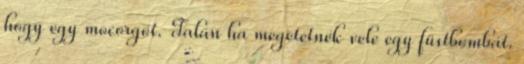
hogy egy mocorgót. Talán ha megetetnék vele egy füstbombát.